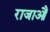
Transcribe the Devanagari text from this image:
राजाऔं